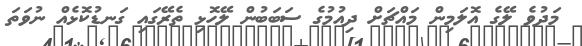
މަދުވެ ލޭގެ އޮލަމިން މައްޗަށް ދިއުމުގެ ސަބަބުން ލޭހޮޅި ތެރޭގައި ގަނޑުކޮޅެއް ނުވަތަ